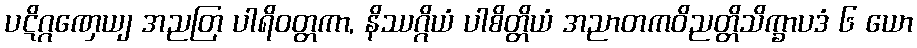
ပဋိဂ္ဂဏှေယျ အညတြ ပါရိဝတ္တကာ, နိဿဂ္ဂိယံ ပါစိတ္တိယံ အညာတကဝိညတ္တိသိက္ခာပဒံ ၆ ယော